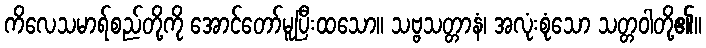
ကိလေသမာရ်စည်တို့ကို အောင်တော်မူပြီးထသော။ သဗ္ဗသတ္တာနံ၊ အလုံးစုံသော သတ္တဝါတို့၏။